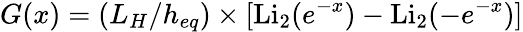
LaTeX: G(x)=(L_{H}/h_{eq})\times[\mathrm{Li}_{2}(e^{-x})-\mathrm{Li}_{2}(-e^{-x})]